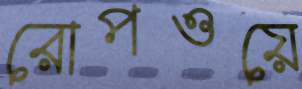
রোপওয়ে